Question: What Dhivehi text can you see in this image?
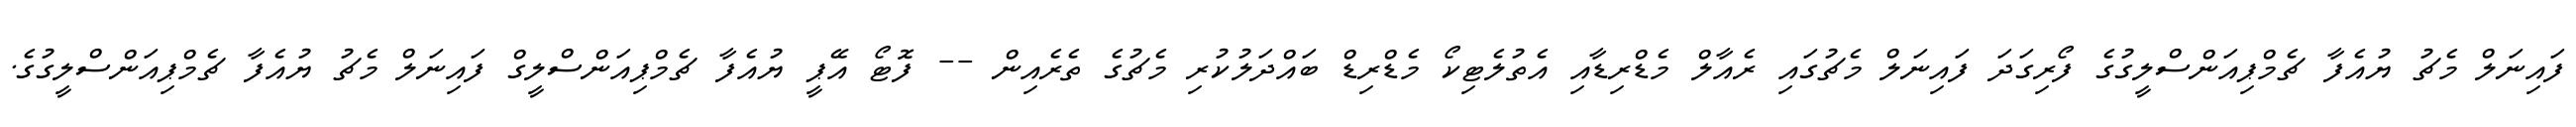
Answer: ފައިނަލް މެޗު ޔުއެފާ ޗެމްޕިއަންސްލީގުގެ ފޯރިގަދަ ފައިނަލް މެޗުގައި ރެއާލް މެޑްރިޑާއި އެތުލެޓިކޯ މެޑްރިޑް ބައްދަލުކުރި މެޗުގެ ތެރެއިން -- ފޮޓޯ އޭޕީ ޔުއެފާ ޗެމްޕިއަންސްލީގް ފައިނަލް މެޗު ޔުއެފާ ޗެމްޕިއަންސްލީގުގެ.